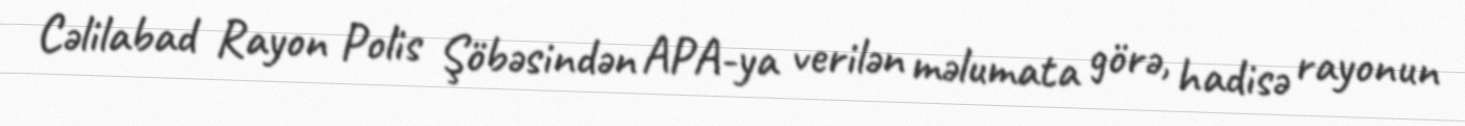
Cəlilabad Rayon Polis Şöbəsindən APA-ya verilən məlumata görə, hadisə rayonun